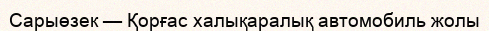
Сарыөзек — Қорғас халықаралық автомобиль жолы